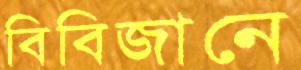
বিবিজানে